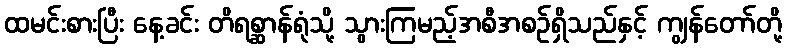
ထမင်းစားပြီး နေ့ခင်း တိရစ္ဆာန်ရုံသို့ သွားကြမည့်အစီအစဉ်ရှိသည်နှင့် ကျွန်တော်တို့